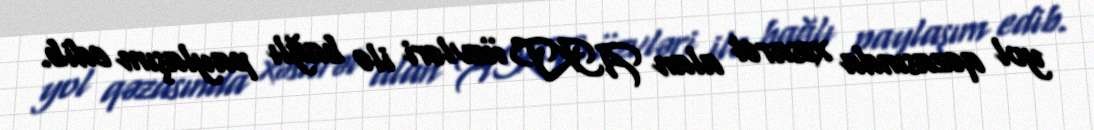
yol qəzasında xəsarət alan AKP üzvləri ilə bağlı paylaşım edib.